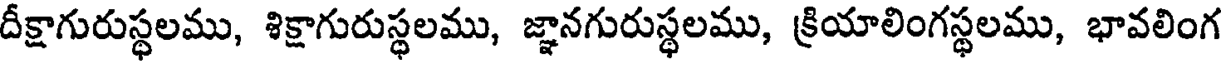
దీక్షాగురుస్థలము, శిక్షాగురుస్థలము, జ్ఞానగురుస్థలము, క్రియాలింగస్థలము, భావలింగ